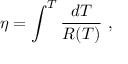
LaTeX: \eta = \int ^ { T } \frac { d T } { R ( T ) } ~ ,